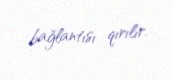
bağlantısı qırılır.